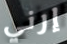
إرني